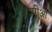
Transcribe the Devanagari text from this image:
ज़िंदगीओ